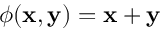
\phi ( \mathbf { x } , \mathbf { y } ) = \mathbf { x } + \mathbf { y }